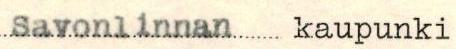
Savonlinnan kaupunki